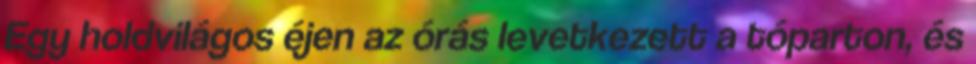
Egy holdvilágos éjen az órás levetkezett a tóparton, és